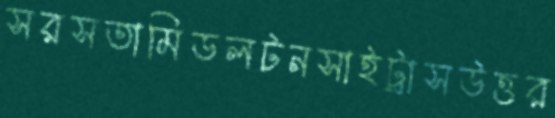
সরসতামিডলটনসাইট্রাসউত্তর